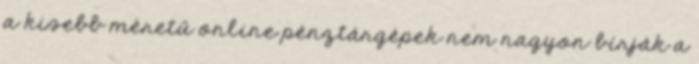
a kisebb méretű online pénztárgépek nem nagyon bírják a